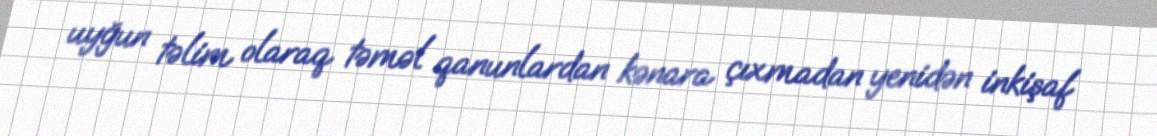
uyğun təlim olaraq təməl qanunlardan kənara çıxmadan yenidən inkişaf